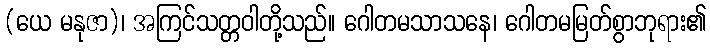
(ယေ မနုဇာ)၊ အကြင်သတ္တဝါတို့သည်။ ဂေါတမသာသနေ၊ ဂေါတမမြတ်စွာဘုရား၏